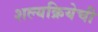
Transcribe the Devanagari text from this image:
शल्यक्रियेची